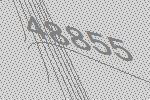
48855